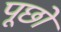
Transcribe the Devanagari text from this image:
पूछों